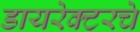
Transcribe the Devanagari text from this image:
डायरेक्टरचे